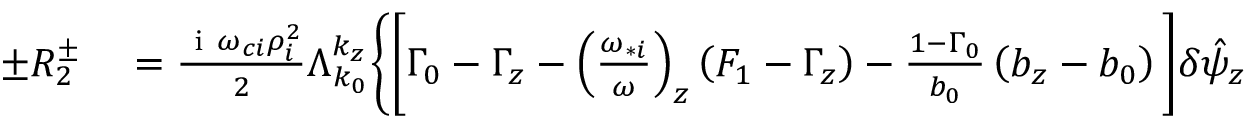
\begin{array} { r l } { \pm R _ { 2 } ^ { \pm } } & { { } = \frac { \mathrm { ~ i ~ } \omega _ { c i } \rho _ { i } ^ { 2 } } { 2 } \Lambda _ { k _ { 0 } } ^ { k _ { z } } \Bigg \{ \Bigg [ \Gamma _ { 0 } - \Gamma _ { z } - \left( \frac { \omega _ { * i } } { \omega } \right) _ { z } \left( F _ { 1 } - \Gamma _ { z } \right) - \frac { 1 - \Gamma _ { 0 } } { b _ { 0 } } \left( b _ { z } - b _ { 0 } \right) \Bigg ] \delta \hat { \psi } _ { z } } \end{array}